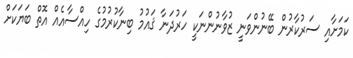
ކަމަށާއި ސަރުކާރުން ބޭނުންވަނީ ޒުވާނުންނަކީ ހަރުދަނާ ޤައުމު ބިނާކުރުމުގެ ހިއްސާއެއް އޮތް ބަޔަކަށް